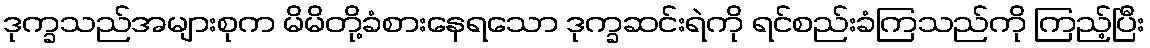
ဒုက္ခသည်အများစုက မိမိတို့ခံစားနေရသော ဒုက္ခဆင်းရဲကို ရင်စည်းခံကြသည်ကို ကြည့်ပြီး